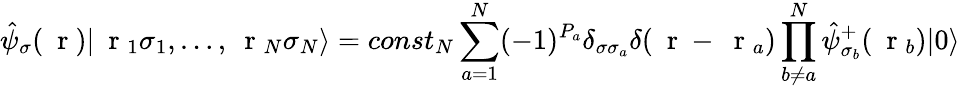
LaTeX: \hat{\psi}_{\sigma}(\mathrm{~\mathbf~r~})|\mathrm{~\mathbf~r~}_{1}\sigma_{1},\dots,\mathrm{~\mathbf~r~}_{N}\sigma_{N}\rangle=const_{N}\sum_{a=1}^{N}(-1)^{P_{a}}\delta_{\sigma\sigma_{a}}\delta(\mathrm{~\mathbf~r~}-\mathrm{~\mathbf~r~}_{a})\prod_{b\ne a}^{N}\hat{\psi}_{\sigma_{b}}^{+}(\mathrm{~\mathbf~r~}_{b})|0\rangle